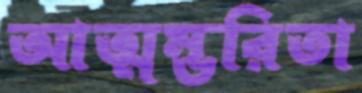
আত্মম্ভরিতা